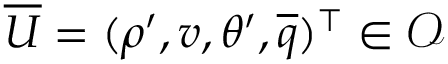
\overline { { U } } = ( \rho ^ { \prime } , v , \theta ^ { \prime } , \overline { { q } } ) ^ { \top } \in \mathcal { O }